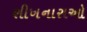
શીખનારાઓ